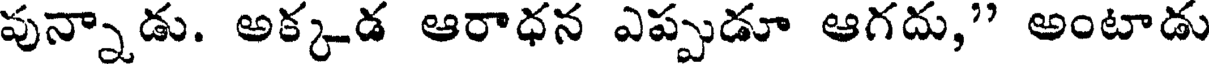
వున్నాడు. అక్కడ ఆరాధన ఎప్పుడూ ఆగదు," అంటాడు